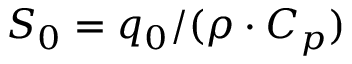
S _ { 0 } = q _ { 0 } / ( \rho \cdot C _ { p } )